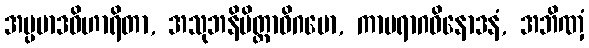
အပ္ပမာဒဝိဟာရိတာ, အသုဘနိမိတ္တာဓိဂမော, ကာမရာဂဝိနောဒနံ, အဘိဏှံ